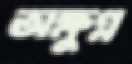
অক্ষুণ্ন